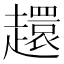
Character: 𧾎